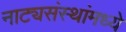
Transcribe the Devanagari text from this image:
नाट्यसंस्थांमध्ये